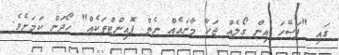
ގައި "ފަސޭހަ އިން ގޯލެއް ޖަހާ މާނައެއް ނެތް ޕޮއިންޓްތަކެއް" ހޯދަން ކަމަށެވެ.